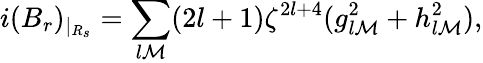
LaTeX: i(B_{r})_{|_{R_{s}}}=\sum_{l\mathcal{M}}(2l+1)\zeta^{2l+4}(g_{l\mathcal{M}}^{2}+h_{l\mathcal{M}}^{2}),